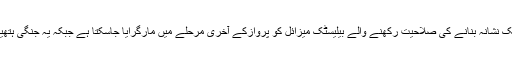
جدید تھاڈ میزائل دفاعی نظام سے درمیانے فاصلے تک نشانہ بنانے کی صلاحیت رکھنے والے بیلیسٹک میزائل کو پروازکے آخری مرحلے میں مارگرایا جاسکتا ہے جبکہ یہ جنگی ہتھیاروں سمیت کسی بھی ٹیکنالوجی کو تباہ کرسکتا ہے۔